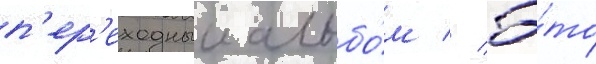
п'ер'еходныи альбо́м // Э́то